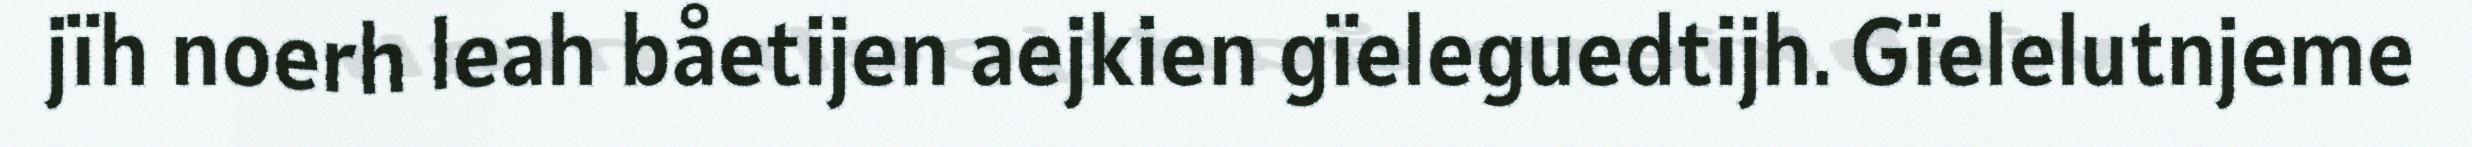
jïh noerh leah båetijen aejkien gïeleguedtijh. Gïelelutnjeme